Lunatic asylums in Bengal annual reports 1899-1911 - 1899-1911
Year: 1899
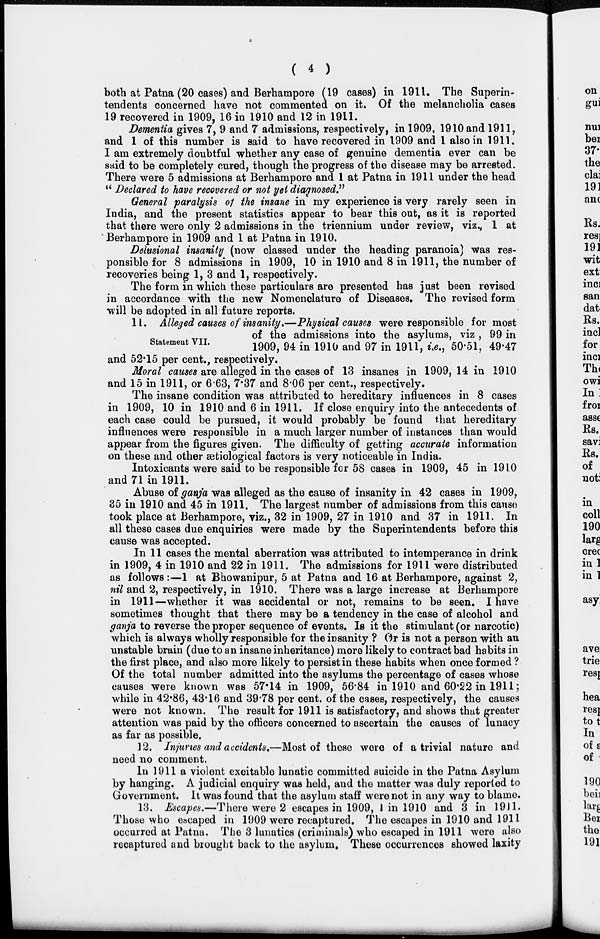
( 4 )
both at Patna (20 cases) and Berhampore (19 cases) in 1911. The Superin-
tendents concerned have not commented on it. Of the melancholia cases
19 recovered in 1909, 16 in 1910 and 12 in 1911.
Dementia gives 7, 9 and 7 admissions, respectively, in 1909, 1910 and 1911,
and 1 of this number is said to have recovered in 1909 and 1 also in 1911.
I am extremely doubtful whether any case of genuine dementia ever can be
said to be completely cured, though the progress of the disease may be arrested.
There were 5 admissions at Berhampore and 1 at Patna in 1911 under the head
" Declared to have recovered or not yet diagnosed"
General paralysis of the insane in my experience is very rarely seen in
India, and the present statistics appear to bear this out, as it is reported
that there were only 2 admissions in the triennium under review, viz., 1 at
Berhampore in 1909 and 1 at Patna in 1910.
Delusional insanity (now classed under the heading paranoia) was res-
ponsible for 8 admissions in 1909, 10 in 1910 and 8 in 1911, the number of
recoveries being 1, 3 and 1, respectively.
The form in which these particulars are presented has just been revised
in accordance with the new Nomenclature of Diseases. The revised form
will be adopted in all future reports.
Statement VII.
11. Alleged causes of insanity.—Physical causes were responsible for most
of the admissions into the asylums, viz , 99 in
1909, 94 in 1910 and 97 in 1911, i.e., 50.51, 49.47
and 52.15 per cent., respectively.
Moral causes are alleged in the cases of 13 insanes in 1909, 14 in 1910
and 15 in 1911, or 6.63, 7.37 and 8.06 per cent., respectively.
The insane condition was attributed to hereditary influences in 8 cases
in 1909, 10 in 1910 and 6 in 1911. If close enquiry into the antecedents of
each case could be pursued, it would probably be found that hereditary
influences were responsible in a much larger number of instances than would
appear from the figures given. The difficulty of getting accurate information
on these and other ætiological factors is very noticeable in India.
Intoxicants were said to be responsible for 58 cases in 1909, 45 in 1910
and 71 in 1911.
Abuse of ganja was alleged as the cause of insanity in 42 cases in 1909,
35 in 1910 and 45 in 1911. The largest number of admissions from this cause
took place at Berhampore, viz., 32 in 1909, 27 in 1910 and 37 in 1911. In
all these cases due enquiries were made by the Superintendents before this
cause was accepted.
In 11 cases the mental aberration was attributed to intemperance in drink
in 1909, 4 in 1910 and 22 in 1911. The admissions for 1911 were distributed
as follows:—1 at Bhowanipur, 5 at Patna and 16 at Berhampore, against 2,
nil and 2, respectively, in 1910. There was a large increase at Berhampore
in 1911—whether it was accidental or not, remains to be seen. I have
sometimes thought that there may be a tendency in the case of alcohol and
ganja to reverse the proper sequence of events. Is it the stimulant (or narcotic)
which is always wholly responsible for the insanity ? Or is not a person with an
unstable brain (due to an insane inheritance) more likely to contract bad habits in
the first place, and also more likely to persist in these habits when once formed ?
Of the total number admitted into the asylums the percentage of cases whose
causes were known was 57.14 in 1909, 56.84 in 1910 and 60.22 in 1911;
while in 42.86, 43.16 and 39.78 per cent. of the cases, respectively, the causes
were not known. The result for 1911 is satisfactory, and shows that greater
attention was paid by the officers concerned to ascertain the causes of lunacy
as far as possible.
12. Injurin 1910 and ies and accidents.—Most of these were of a trivial nature and
need no comment.
In 1911 a violent excitable lunatic committed suicide in the Patna Asylum
by hanging. A judicial enquiry was held, and the matter was duly reported to
Government. It was found that the asylum staff were not in any way to blame.
13. Escapes.—There were 2 escapes in 1909, 1 in 1910 and 3 in 1911.
Those who escaped in 1909 were recaptured. The escapes in 1910 and 1911
occurred at Patna. The 3 lunatics (criminals) who escaped in 1911 were also
recaptured and brought back to the asylum. These occurrences showed laxity